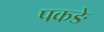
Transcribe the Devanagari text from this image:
पकङे